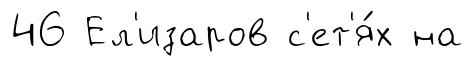
46 Ел'изаров с'ет'я́х на